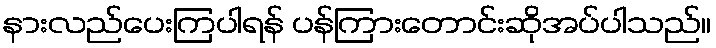
နားလည်ပေးကြပါရန် ပန်ကြားတောင်းဆိုအပ်ပါသည်။